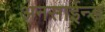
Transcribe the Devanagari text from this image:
अनसाईन्ड